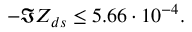
- \Im Z _ { d s } \le 5 . 6 6 \cdot 1 0 ^ { - 4 } .